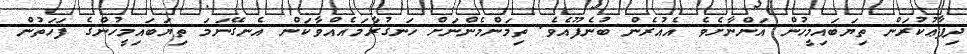
ދިފާޢުކުރަން ތިޔަބައިމީހުން އަންނާށެވެ އެއުރެން ބުނެފޫއެވެ. ތިމަންމެންނަށް ހަނގުރާމައެއްވާކަން އެނގޭނަމަ ތިޔަބައިމީހުންގެ ފަހަތުން